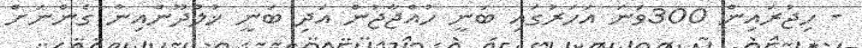
- ހިޖުރައިން 300ވަނަ އަހަރުގައި ބަނީ ހުއްޖާޖުން އަދި ބަނީ ޚުލްދޫންއިން ގެންނަށް